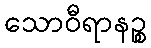
သောဝီရာနဉ္စ